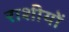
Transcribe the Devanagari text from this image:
राशीयों